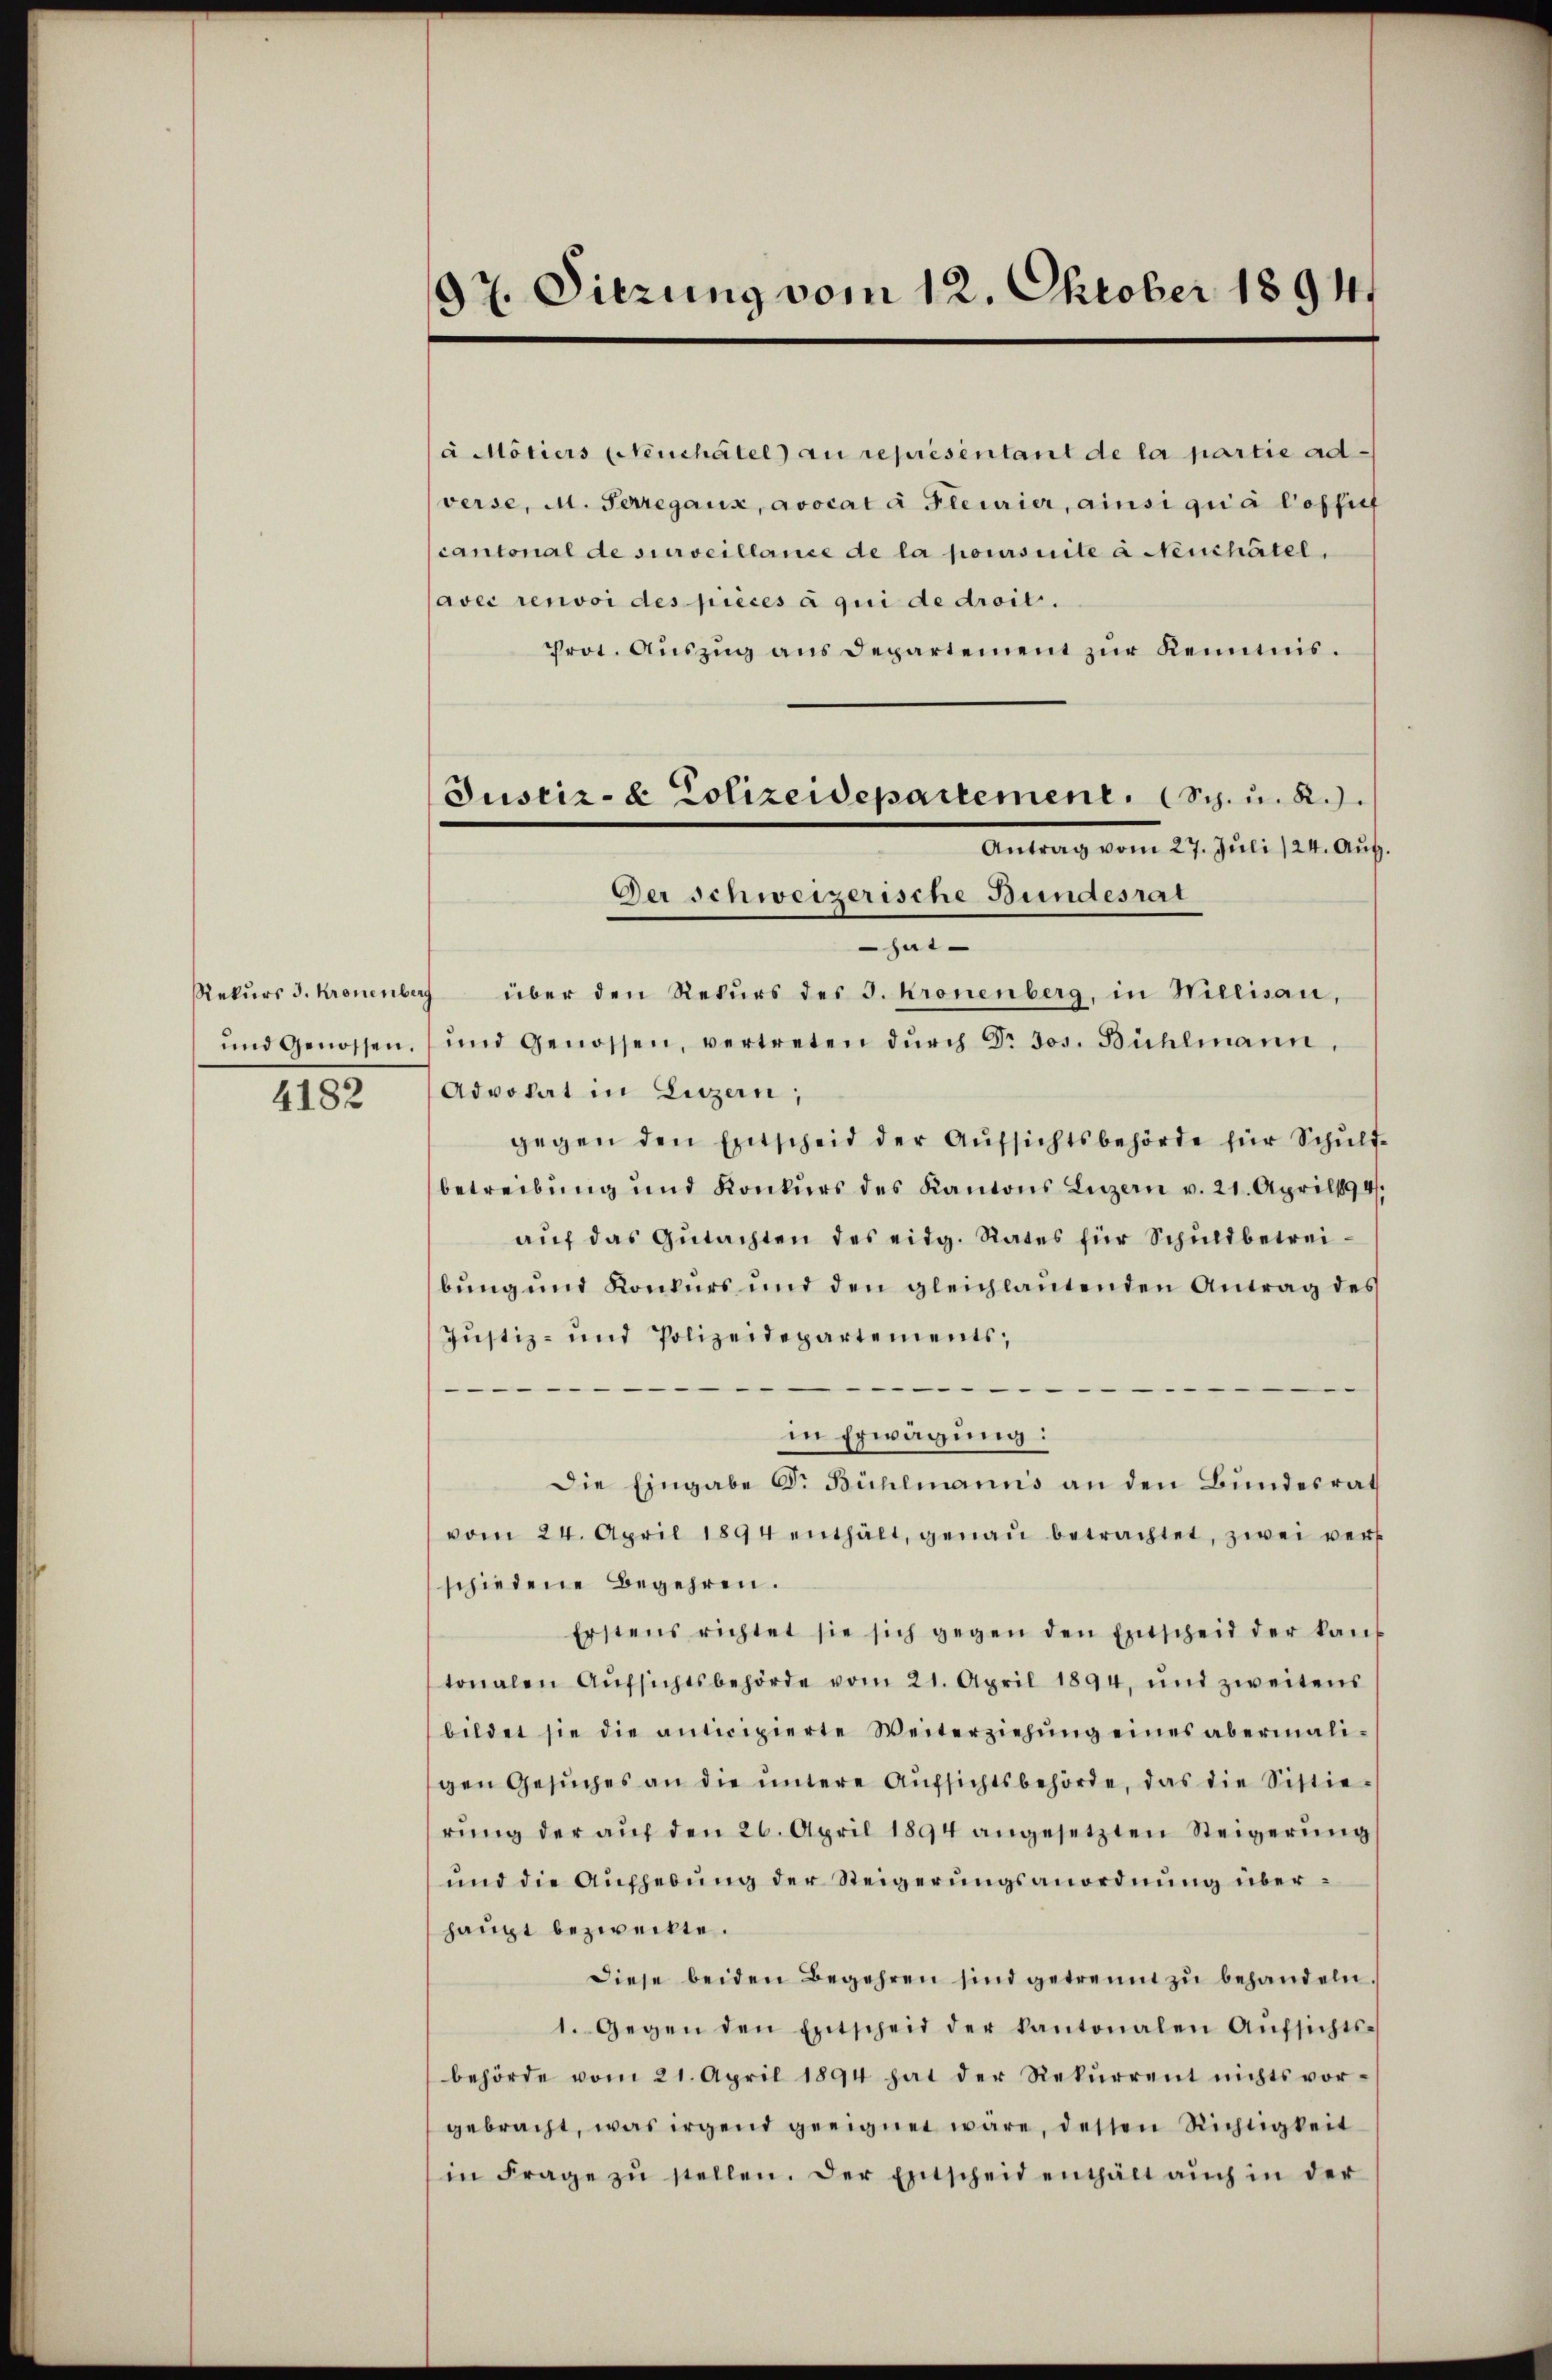
Rekurs J. Kronenber
und Genossen.
4182

97. Sitzung vom 12. Oktober 1894.

Justiz- & Polizeidepartement, Sch. u. 2.
Der schweizerische Bundesrat

à Mötiers (Neuchâtel) au représentant de la partie ad
verse, M. Perregaux, avocat à leurier, ainsi qui à l’offic
cantonal de surveillance de la poursuite à Neuchâtel.
avec renvoi des pièces à qui de droit.
Prot. Aŭszŭg ans Departement zŭr Kenntnis.
Antrag vom 27. Juli 124. Aŭg.
ju
über den Rekurs des I. Kronenberg, in Willisau,
ŭnd genossen, vertreten dŭrch Dr. Jos. Bühlmann,
Advokat in Luzern;
gegen den Entscheid der Aŭfsichtsbehörde für Schŭld
betreibŭng und Konkŭrs des Kantons Luzern v. 21. April l. 4
aŭf das Gŭtachten des eidg. Rates für Schuldbetreibŭng und Konkurs und den gleichlaŭtenden Antrag des
Justiz- und Polizeidepartements,
in Erwägung:
Die Eingabe Dr. Bühlmanns an den Bundesrath
vom 24. April 1894 enthält, genaŭ betrachtet, zwei ver
schiedene Begehren.
Erstens richtet sie sich gegen den Entscheid der kan
tonalen Aŭfsichtsbehörde vom 21. April 1894, und zweitens
bildet sie die anticipierte Weiterziehŭng eines abermali-
gen Gesuches an die untere Aufsichtsbehörde, das die Sistierŭng der aŭf den 26. April 1894 angesetzten Steigerŭng
ŭnd die Aŭsebŭng der Steigerŭngsanordnŭng über-
haupt bezweckte.
diese beiden Begehren sind getrennt zu behandeln.
1. Gegen den Entscheid der kantonalen Aŭfsichts-
behörde vom 21. April 1894 hat der Rekŭrrent nichtsvor-
gebracht, was irgend geeignet wäre, dessen Richtigkeit
in Frage zŭ stellen. Der Entscheid enthält aŭch in der